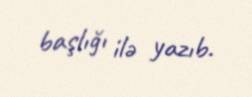
başlığı ilə yazıb.